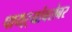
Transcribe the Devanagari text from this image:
पायऱ्यांबरोबर